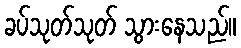
ခပ်သုတ်သုတ် သွားနေသည်။